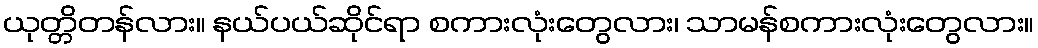
ယုတ္တိတန်လား။ နယ်ပယ်ဆိုင်ရာ စကားလုံးတွေလား၊ သာမန်စကားလုံးတွေလား။